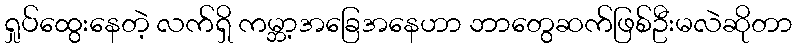
ရှုပ်ထွေးနေတဲ့ လက်ရှိ ကမ္ဘာ့အခြေအနေဟာ ဘာတွေဆက်ဖြစ်ဦးမလဲဆိုတာ